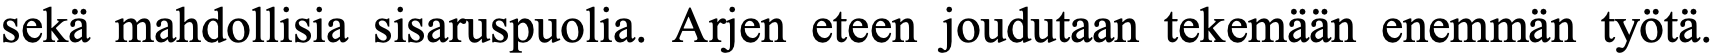
sekä mahdollisia sisaruspuolia. Arjen eteen joudutaan tekemään enemmän työtä.